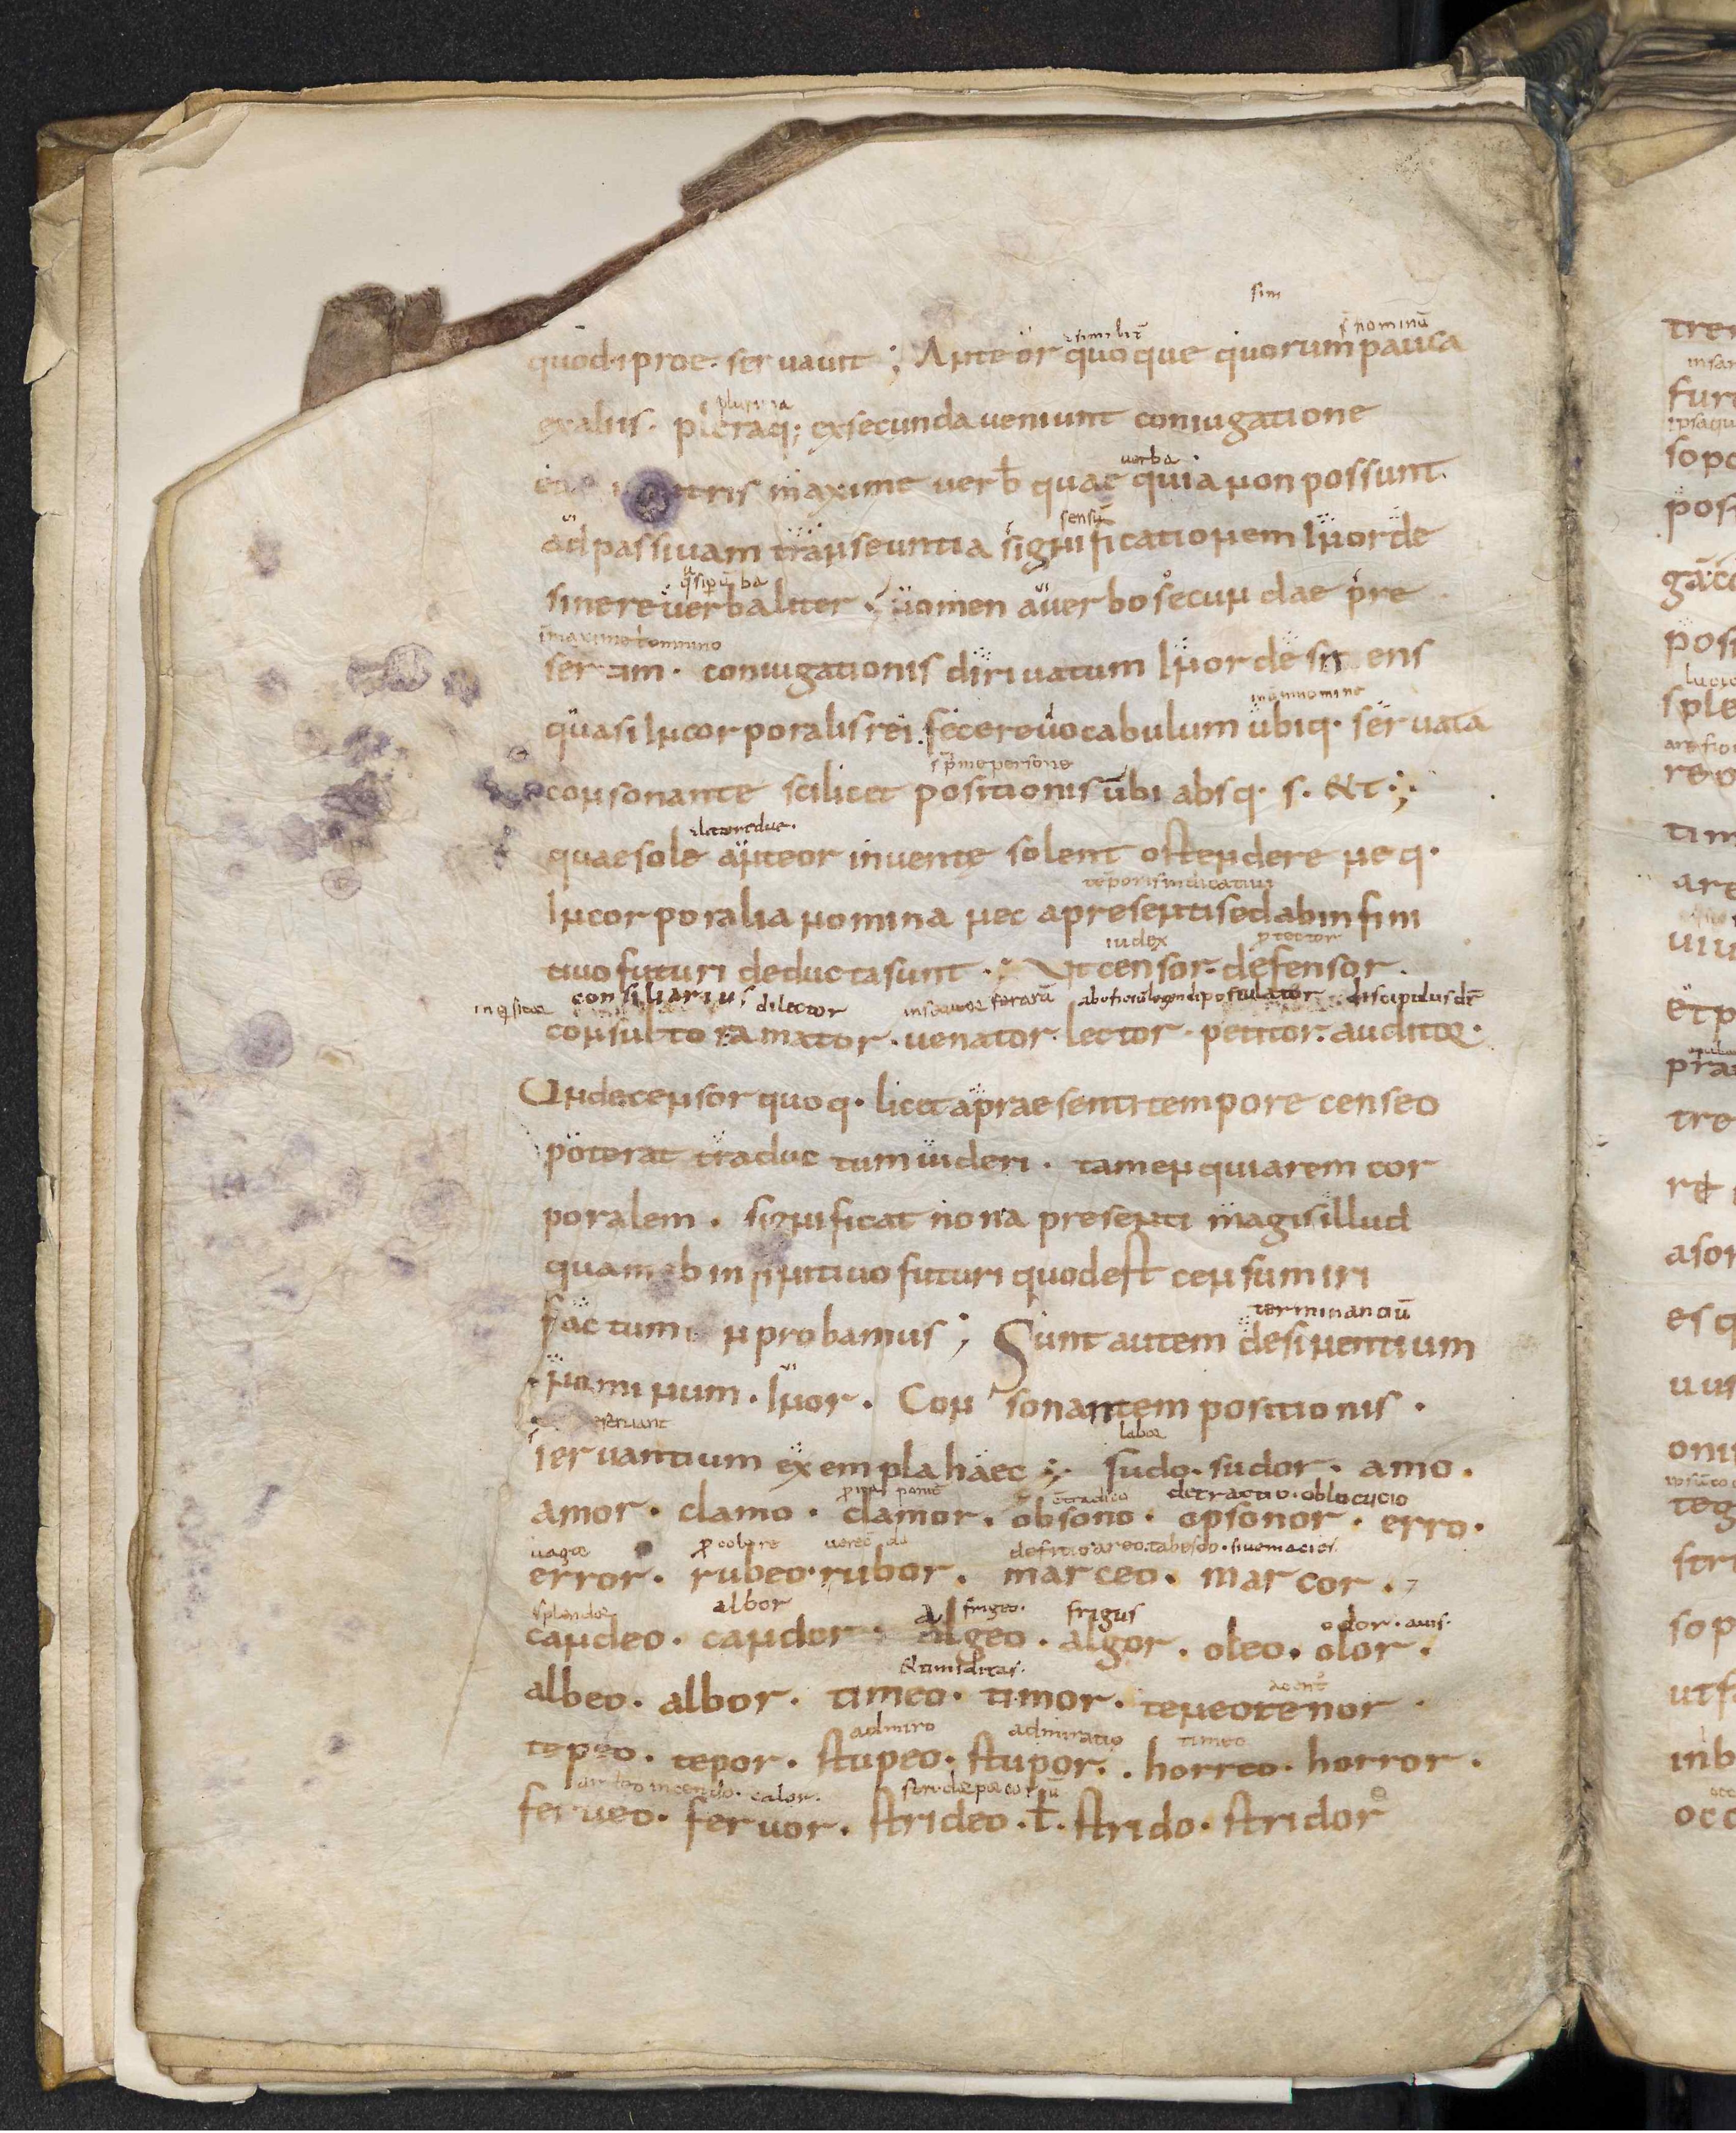
Shelfmark: Leiden, Bibliotheek der Rijksuniversiteit, Voss. Lat. O 41
Century: 9